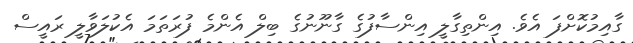
ގާއިމުކޮށްފަ އެވެ. އިންތިގާލީ އިންސާފުގެ ގާނޫނުގެ ބިލް އެންމެ ފުރަތަމަ އެކުލަވާލީ ރައީސް